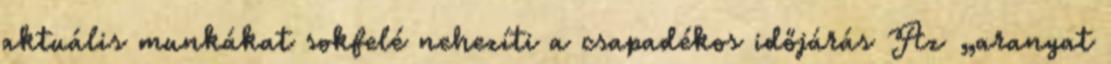
aktuális munkákat sokfelé nehezíti a csapadékos időjárás Az „aranyat